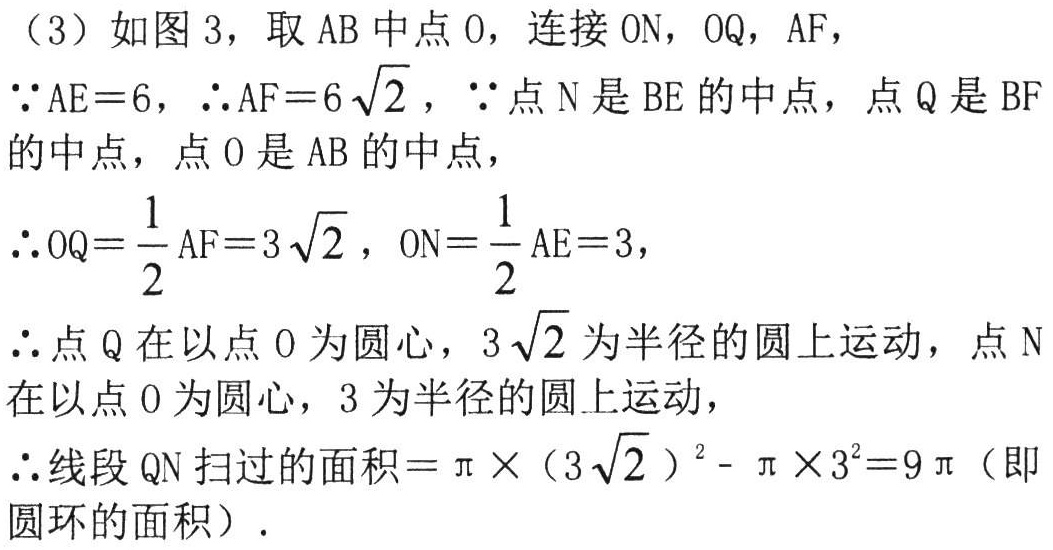
（3）如图 3，取 \(AB\) 中点 \(O\)，连接 \(ON\)，\(OQ\)，\(AF\)，

\(\because AE = 6\)，\(\therefore AF = 6\sqrt{2}\)，\(\because\) 点 \(N\) 是 \(BE\) 的中点，点 \(Q\) 是 \(BF\) 的中点，点 \(O\) 是 \(AB\) 的中点，

\(\therefore OQ=\dfrac{1}{2}AF = 3\sqrt{2}\)，\(ON=\dfrac{1}{2}AE = 3\)，

\(\therefore\) 点 \(Q\) 在以点 \(O\) 为圆心，\(3\sqrt{2}\) 为半径的圆上运动，点 \(N\) 在以点 \(O\) 为圆心，\(3\) 为半径的圆上运动，

\(\therefore\) 线段 \(QN\) 扫过的面积 \(=\pi\times(3\sqrt{2})^{2}-\pi\times3^{2}=9\pi\)（即圆环的面积）.